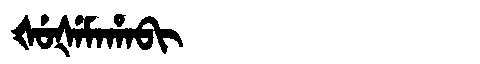
Manchu: ᡧᡠᡧᡝᠮᠠᡥᠠᠪᡳ
Romanization: ŠUŠEMAHABI